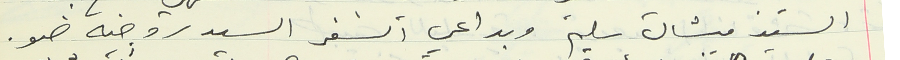
السيد ميشال سليم وبداعي السفر السيد روجيه ضو.